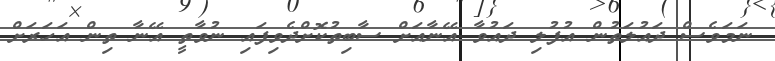
ނަމަވެސް ދައުލަތުން އުފުލި ދައުވާ އޭނާއަށް ސާބިތުކޮށްދެވިފައި ނުވާތީ އޭނާ ތިން އަހަރަށް